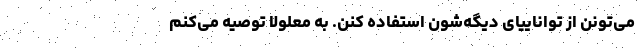
می‌تونن از تواناییای دیگه‌شون استفاده کنن. به معلولا توصیه می‌کنم